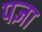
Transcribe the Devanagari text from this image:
पज्ञा